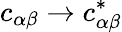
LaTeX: c_{\alpha\beta}\to c_{\alpha\beta}^{*}